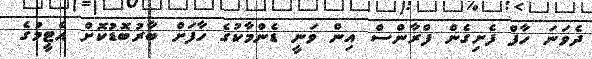
ދެވަނަ ހާފް ފެށިގެން ފްރާންސް އިން ވަނީ ޑެންމާކުގެ ހާފަށް ބާރުބޮޑުކޮށް އެޓީމުގެ